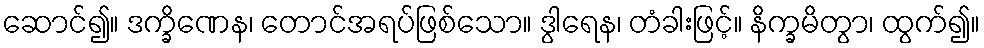
ဆောင်၍။ ဒက္ခိဏေန၊ တောင်အရပ်ဖြစ်သော။ ဒွါရေန၊ တံခါးဖြင့်။ နိက္ခမိတွာ၊ ထွက်၍။